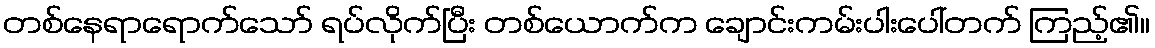
တစ်နေရာရောက်သော် ရပ်လိုက်ပြီး တစ်ယောက်က ချောင်းကမ်းပါးပေါ်တက် ကြည့်၏။